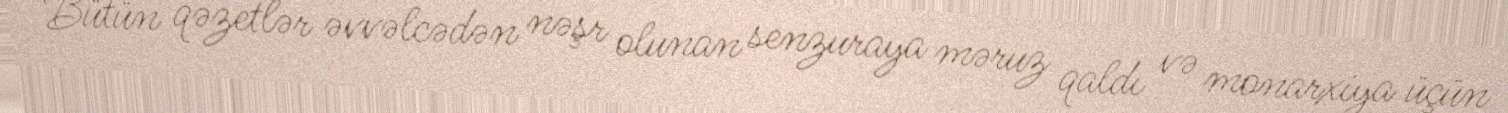
Bütün qəzetlər əvvəlcədən nəşr olunan senzuraya məruz qaldı və monarxiya üçün